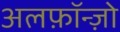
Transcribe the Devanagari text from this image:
अलफ़ॉन्ज़ो